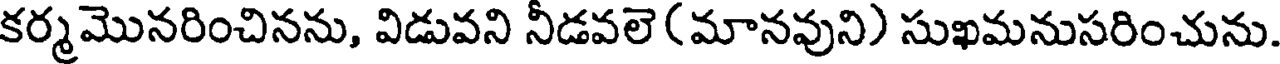
కర్మమొనరించినను, విడువని నీడవలె (మానవుని) సుఖమనుసరించును.